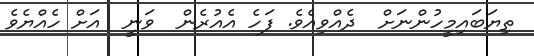
ތިޔަބައިމީހުންނަށް  ދެއްވިއެވެ. ފަހެ އެއުރެން  ވަނީ  އަށް ހެއްޔެވެ